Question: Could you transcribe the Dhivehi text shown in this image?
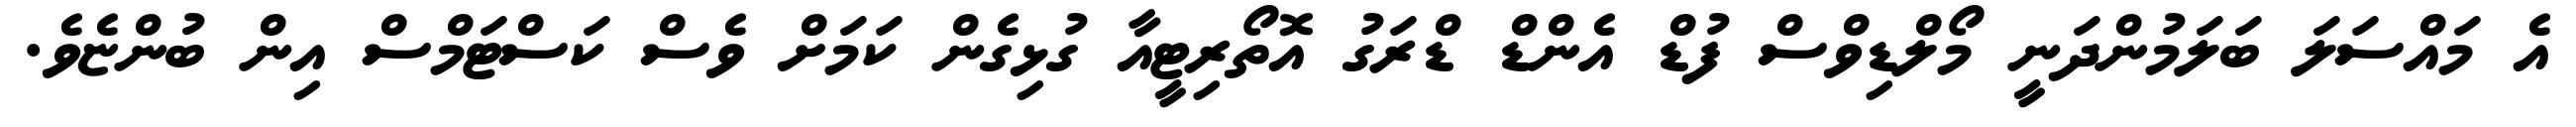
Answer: އެ މައްސަލަ ބަލަމުންދަނީ މޯލްޑިވްސް ފުޑް އެންޑް ޑްރަގު އޮތޯރިޓީއާ ގުޅިގެން ކަމަށް ވެސް ކަސްޓަމްސް އިން ބުންޏެވެ.